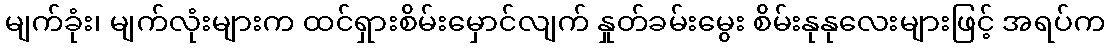
မျက်ခုံး၊ မျက်လုံးများက ထင်ရှားစိမ်းမှောင်လျက် နှုတ်ခမ်းမွေး စိမ်းနုနုလေးများဖြင့် အရပ်က